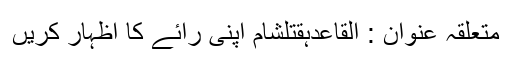
متعلقہ عنوان : القاعدہقتلشام اپنی رائے کا اظہار کریں